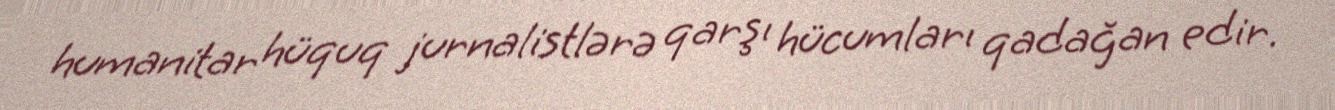
humanitar hüquq jurnalistlərə qarşı hücumları qadağan edir.